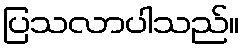
ပြသလာပါသည်။